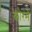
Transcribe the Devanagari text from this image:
कोरमे